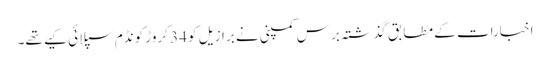
اخبارات کے مطابق گذشتہ برس کمپنی نے برازیل کو 34 کروڑ کونڈم سپلائی کیے تھے۔